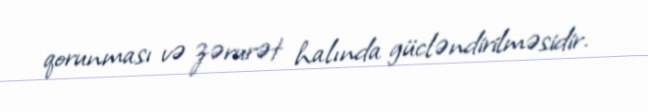
qorunması və zərurət halında gücləndirilməsidir.